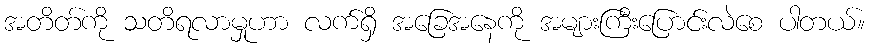
အတိတ်ကို သတိရလာမှုဟာ လက်ရှိ အခြေအနေကို အများကြီးပြောင်းလဲစေ ပါတယ်။